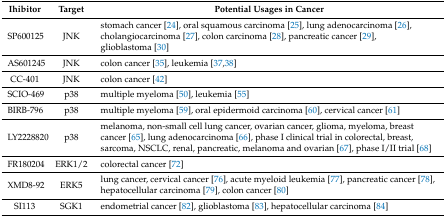
<table><thead><tr><td><b>Ihibitor</b></td><td><b>Target</b></td><td><b>Potential Usages in Cancer</b></td></tr></thead><tbody><tr><td>SP600125</td><td>JNK</td><td>stomach cancer [24], oral squamous carcinoma [25], lung adenocarcinoma [26], cholangiocarcinoma [27], colon carcinoma [28], pancreatic cancer [29], glioblastoma [30]</td></tr><tr><td>AS601245</td><td>JNK</td><td>colon cancer [35], leukemia [37,38]</td></tr><tr><td>CC-401</td><td>JNK</td><td>colon cancer [42]</td></tr><tr><td>SCIO-469</td><td>p38</td><td>multiple myeloma [50], leukemia [55]</td></tr><tr><td>BIRB-796</td><td>p38</td><td>multiple myeloma [59], oral epidermoid carcinoma [60], cervical cancer [61]</td></tr><tr><td>LY2228820</td><td>p38</td><td>melanoma, non-small cell lung cancer, ovarian cancer, glioma, myeloma, breast cancer [65], lung adenocarcinoma [66], phase I clinical trial in colorectal, breast, sarcoma, NSCLC, renal, pancreatic, melanoma and ovarian [67], phase I/II trial [68]</td></tr><tr><td>FR180204</td><td>ERK1/2</td><td>colorectal cancer [72]</td></tr><tr><td>XMD8-92</td><td>ERK5</td><td>lung cancer, cervical cancer [76], acute myeloid leukemia [77], pancreatic cancer [78], hepatocellular carcinoma [79], colon cancer [80]</td></tr><tr><td>SI113</td><td>SGK1</td><td>endometrial cancer [82], glioblastoma [83], hepatocellular carcinoma [84]</td></tr></tbody></table>